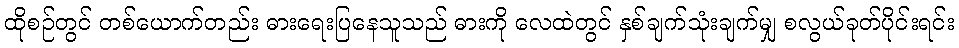
ထိုစဉ်တွင် တစ်ယောက်တည်း ဓားရေးပြနေသူသည် ဓားကို လေထဲတွင် နှစ်ချက်သုံးချက်မျှ စလွယ်ခုတ်ပိုင်းရင်း